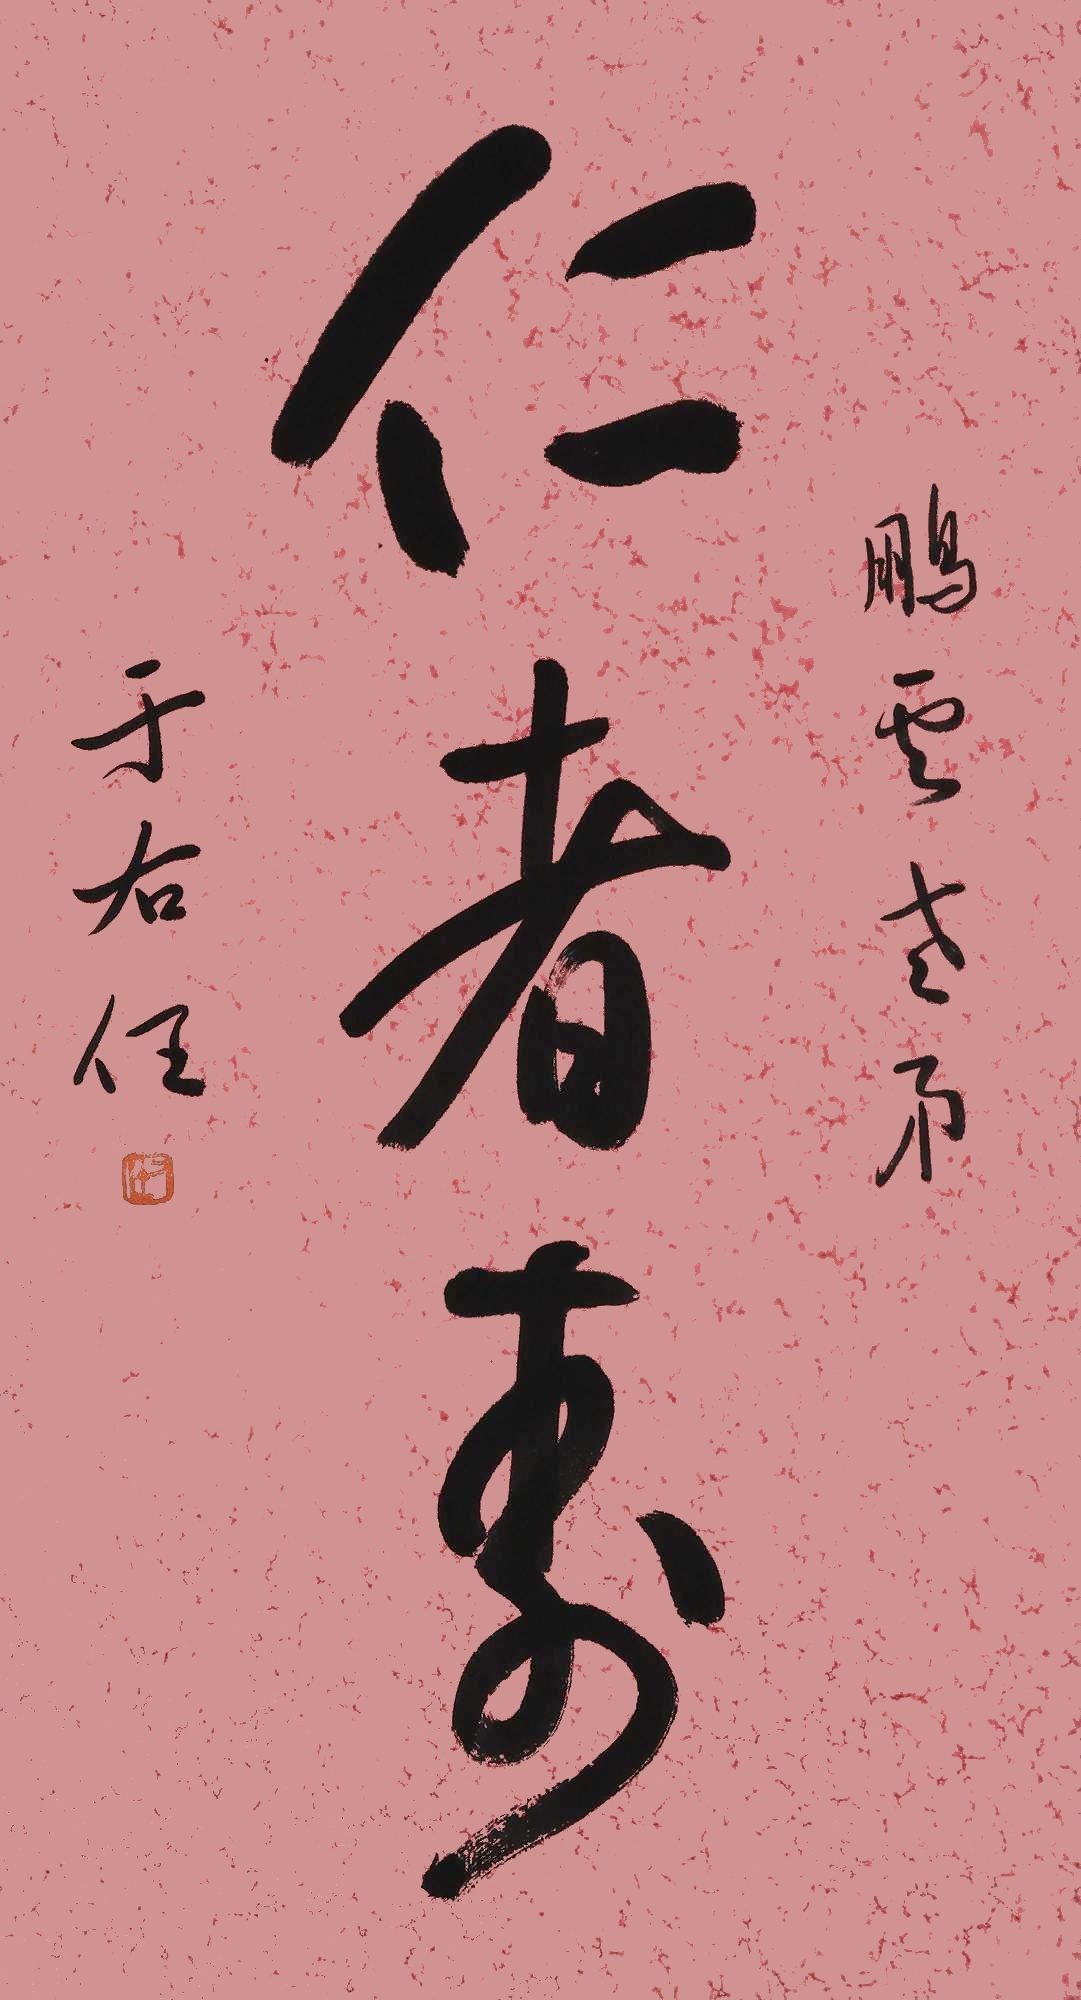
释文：仁者寿。鹏云老弟，于右任。